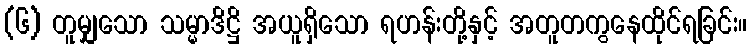
(၆) တူမျှသော သမ္မာဒိဋ္ဌိ အယူရှိသော ရဟန်းတို့နှင့် အတူတကွနေထိုင်ရခြင်း။